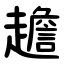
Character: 䟋